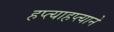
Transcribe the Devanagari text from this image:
हप्त्याहप्त्याने